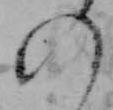
の